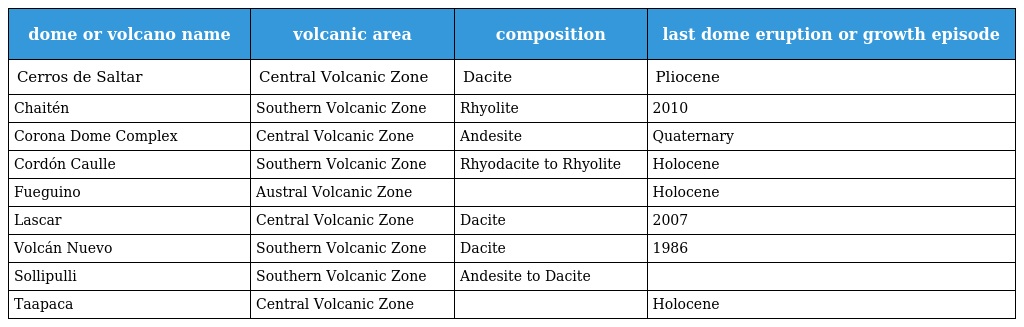
| dome or volcano name | volcanic area | composition | last dome eruption or growth episode |
 | --- | --- | --- | --- |
 | Cerros de Saltar | Central Volcanic Zone | Dacite | Pliocene |
 | Chaitén | Southern Volcanic Zone | Rhyolite | 2010 |
 | Corona Dome Complex | Central Volcanic Zone | Andesite | Quaternary |
 | Cordón Caulle | Southern Volcanic Zone | Rhyodacite to Rhyolite | Holocene |
 | Fueguino | Austral Volcanic Zone |  | Holocene |
 | Lascar | Central Volcanic Zone | Dacite | 2007 |
 | Volcán Nuevo | Southern Volcanic Zone | Dacite | 1986 |
 | Sollipulli | Southern Volcanic Zone | Andesite to Dacite |  |
 | Taapaca | Central Volcanic Zone |  | Holocene |